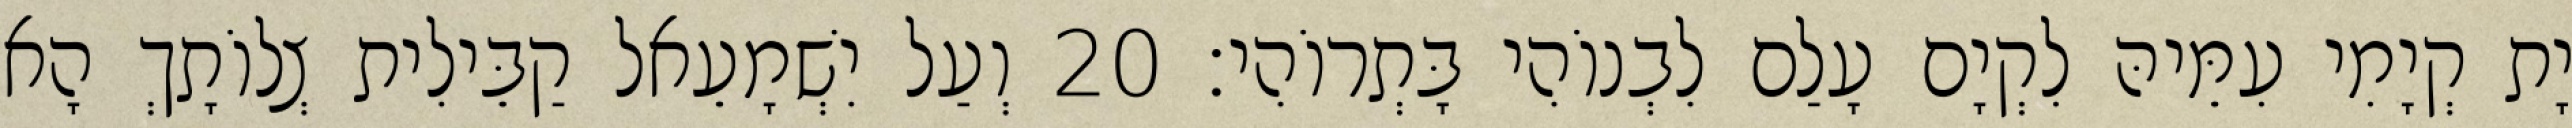
יָת קְיָמִי עִמֵּיהּ לִקְיָם עָלַם לִבְנוֹהִי בָּתְרוֹהִי׃ 20 וְעַל יִשְׁמָעֵאל קַבֵּילִית צְלוֹתָךְ הָא